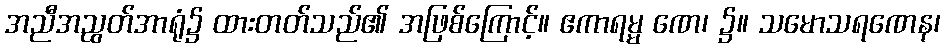
အညီအညွတ်အာရုံ၌ ထားတတ်သည်၏ အဖြစ်ကြောင့်။ ဧကာရမ္မ ဏေ၊ ၌။ သမောသရဏေန၊